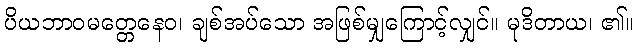
ပိယဘာဝမတ္တေနေဝ၊ ချစ်အပ်သော အဖြစ်မျှကြောင့်လျှင်။ မုဒိတာယ၊ ၏။